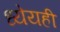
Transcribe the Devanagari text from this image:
ध्येयही